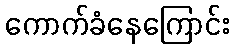
ကောက်ခံနေကြောင်း